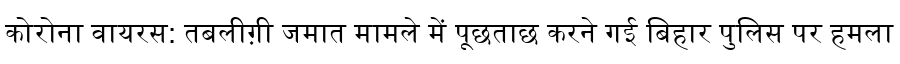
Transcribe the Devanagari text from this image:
कोरोना वायरस: तबलीग़ी जमात मामले में पूछताछ करने गई बिहार पुलिस पर हमला